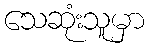
သေဆုံးသူမှာ